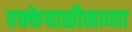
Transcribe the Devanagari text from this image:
एक्केचाळीसाव्या